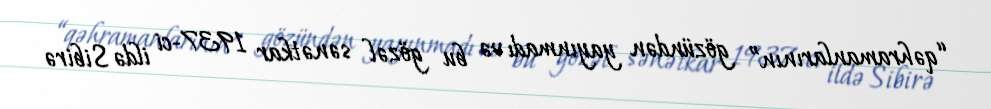
“qəhramanlarının” gözündən yayınmadı və bu gözəl sənətkar 1937-ci ildə Sibirə